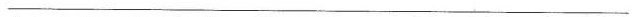
___